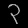
Digit: ၃